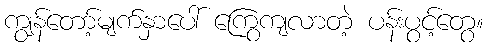
ကျွန်တော့်မျက်နှာပေါ် ကြွေကျလာတဲ့ ပန်းပွင့်တွေ။